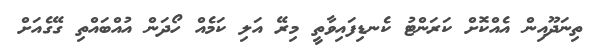
ތިނަދޫއިން އެއްކޮށް ކަރަންޓު ކެނޑިފައިވާތީ މިރޭ އަލި ކަމެއް ހޯދަން އުއްބައްތި ގޭގެއަށް